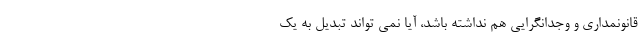
قانونمداری و وجدانگرایی هم نداشته باشد، آیا نمی تواند تبدیل به یک